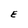
Character: E